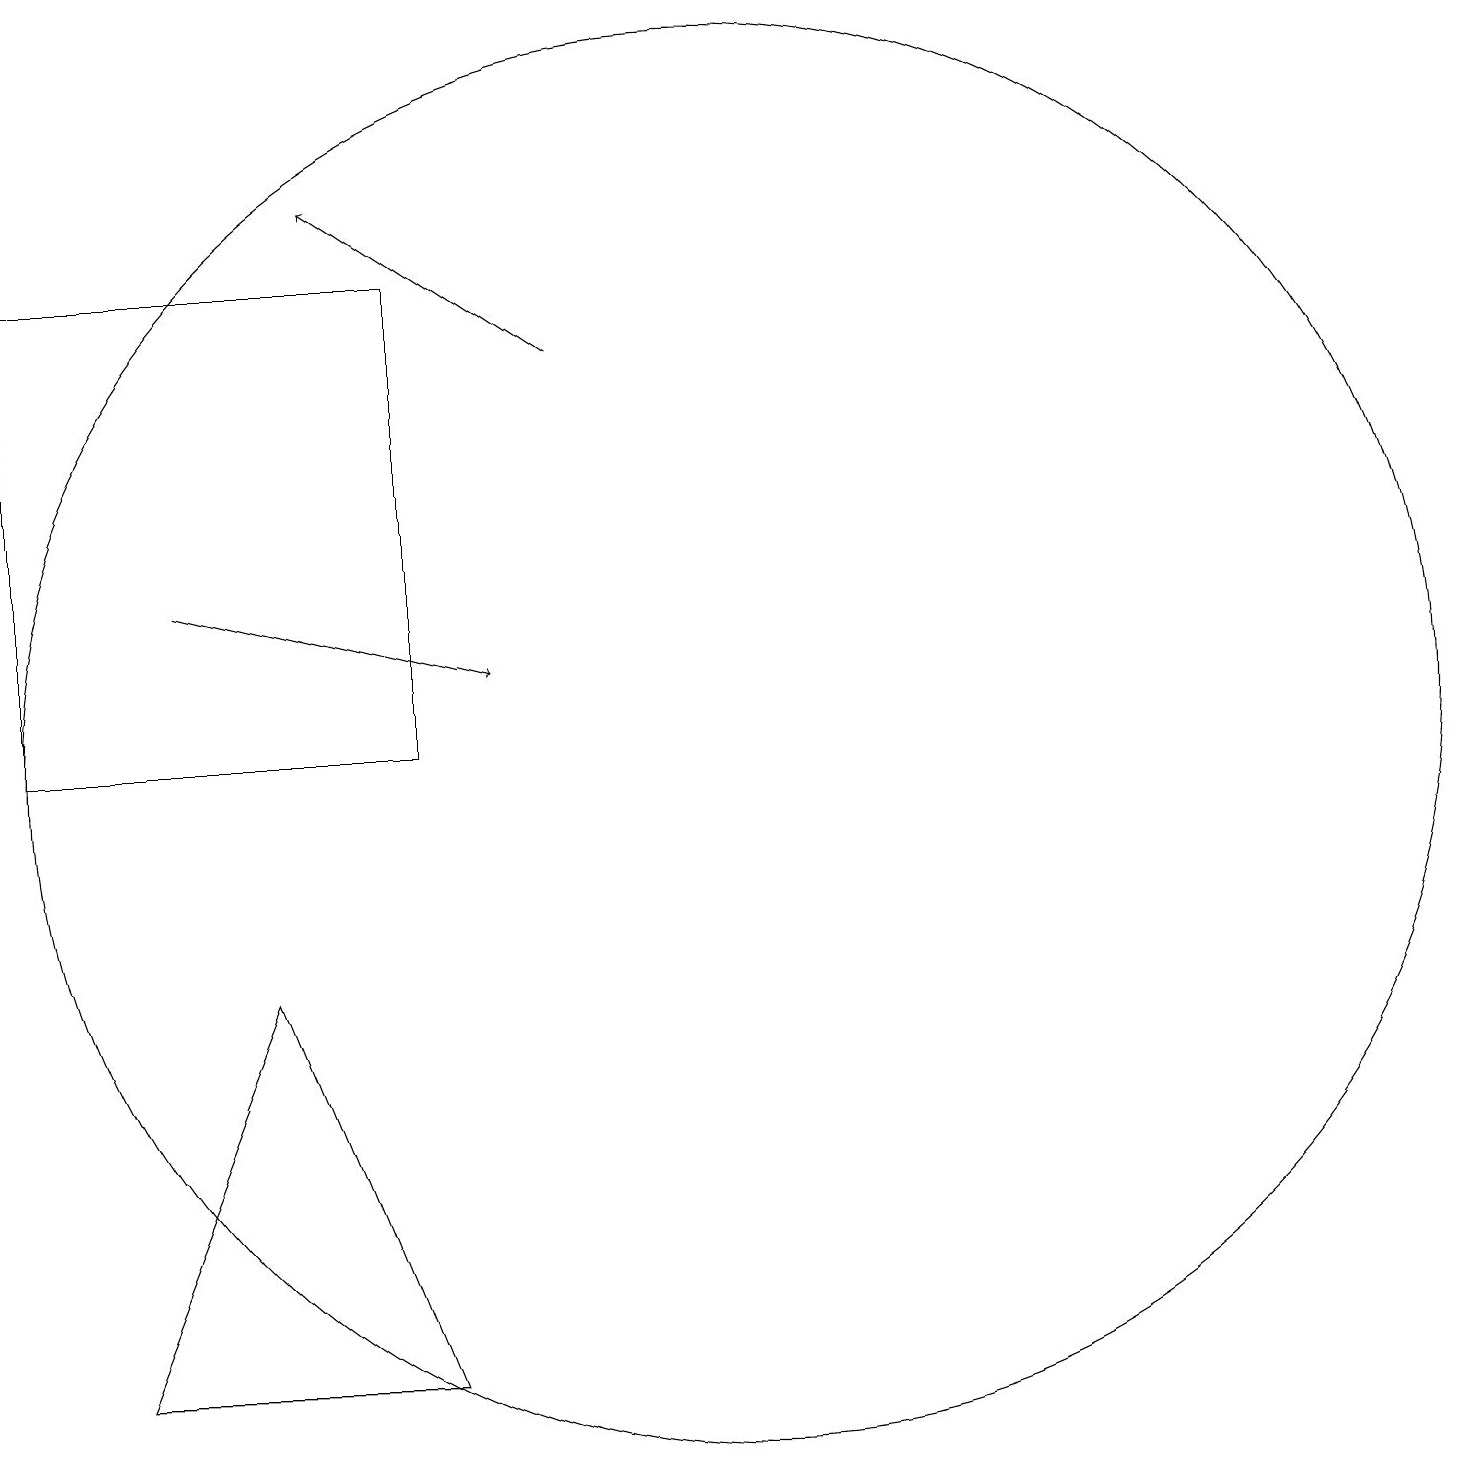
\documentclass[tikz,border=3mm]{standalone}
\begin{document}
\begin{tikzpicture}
\draw (2,16) rectangle (7,10);
\draw[->] (9,15) -- (6,17);
\draw (7,2) -- (5,7) -- (3,2) -- cycle;
\draw (11,10) circle (9);
\draw[->] (4,12) -- (8,11);
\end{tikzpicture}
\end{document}